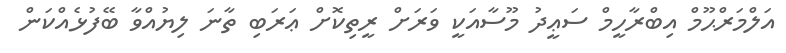
އަލްމަރްޙޫމް އިބްރާހީމް ސަޢީދު މޫސާއަކީ ވަރަށް ރީތިކޮށް ޢަރަބި ތާނަ ލިޔުއްވާ ބޭފުޅެއްކަން